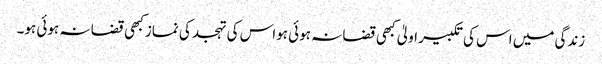
زندگی میں اس کی تکبیر اولیٰ کبھی قضا نہ ہوئی ہواس کی تہجد کی نماز کبھی قضا نہ ہوئی ہو۔